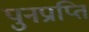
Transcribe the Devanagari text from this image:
पुनप्राप्ति